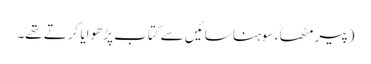
(پیر مٹھاؒ ، سوہنا سائیں سے کتاب پڑھوایا کرتے تھے۔